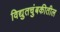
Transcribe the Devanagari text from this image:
विद्युतचुंबकीतील